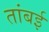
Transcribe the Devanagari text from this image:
तांबई